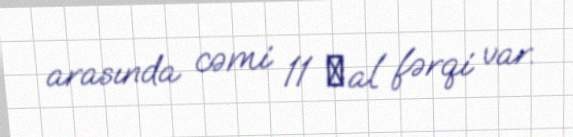
arasında cəmi 11 хal fərqi var.